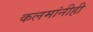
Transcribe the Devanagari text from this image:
कलमांनीही